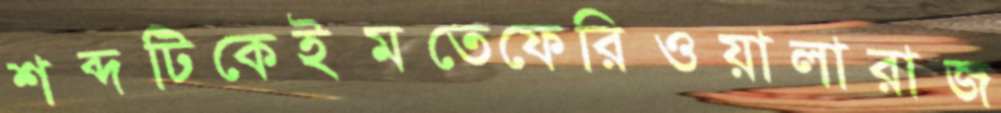
শব্দটিকেইমতেফেরিওয়ালারাজ